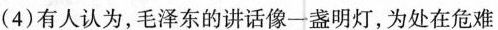
(4)有人认为，毛泽东的讲话像一盏明灯，为处在危难